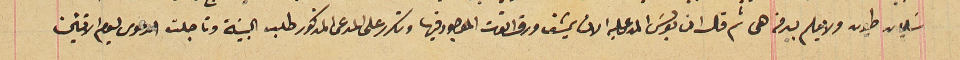
سَليمان طيون ولا يعلم بيد ثم قال ان بولسَ المدعى عليه الان يمشق ورق التوت الموجود فيها وتكرر على المدعى المذكور طلب البينة وتاجلت الدعوى ليوم الاثنين